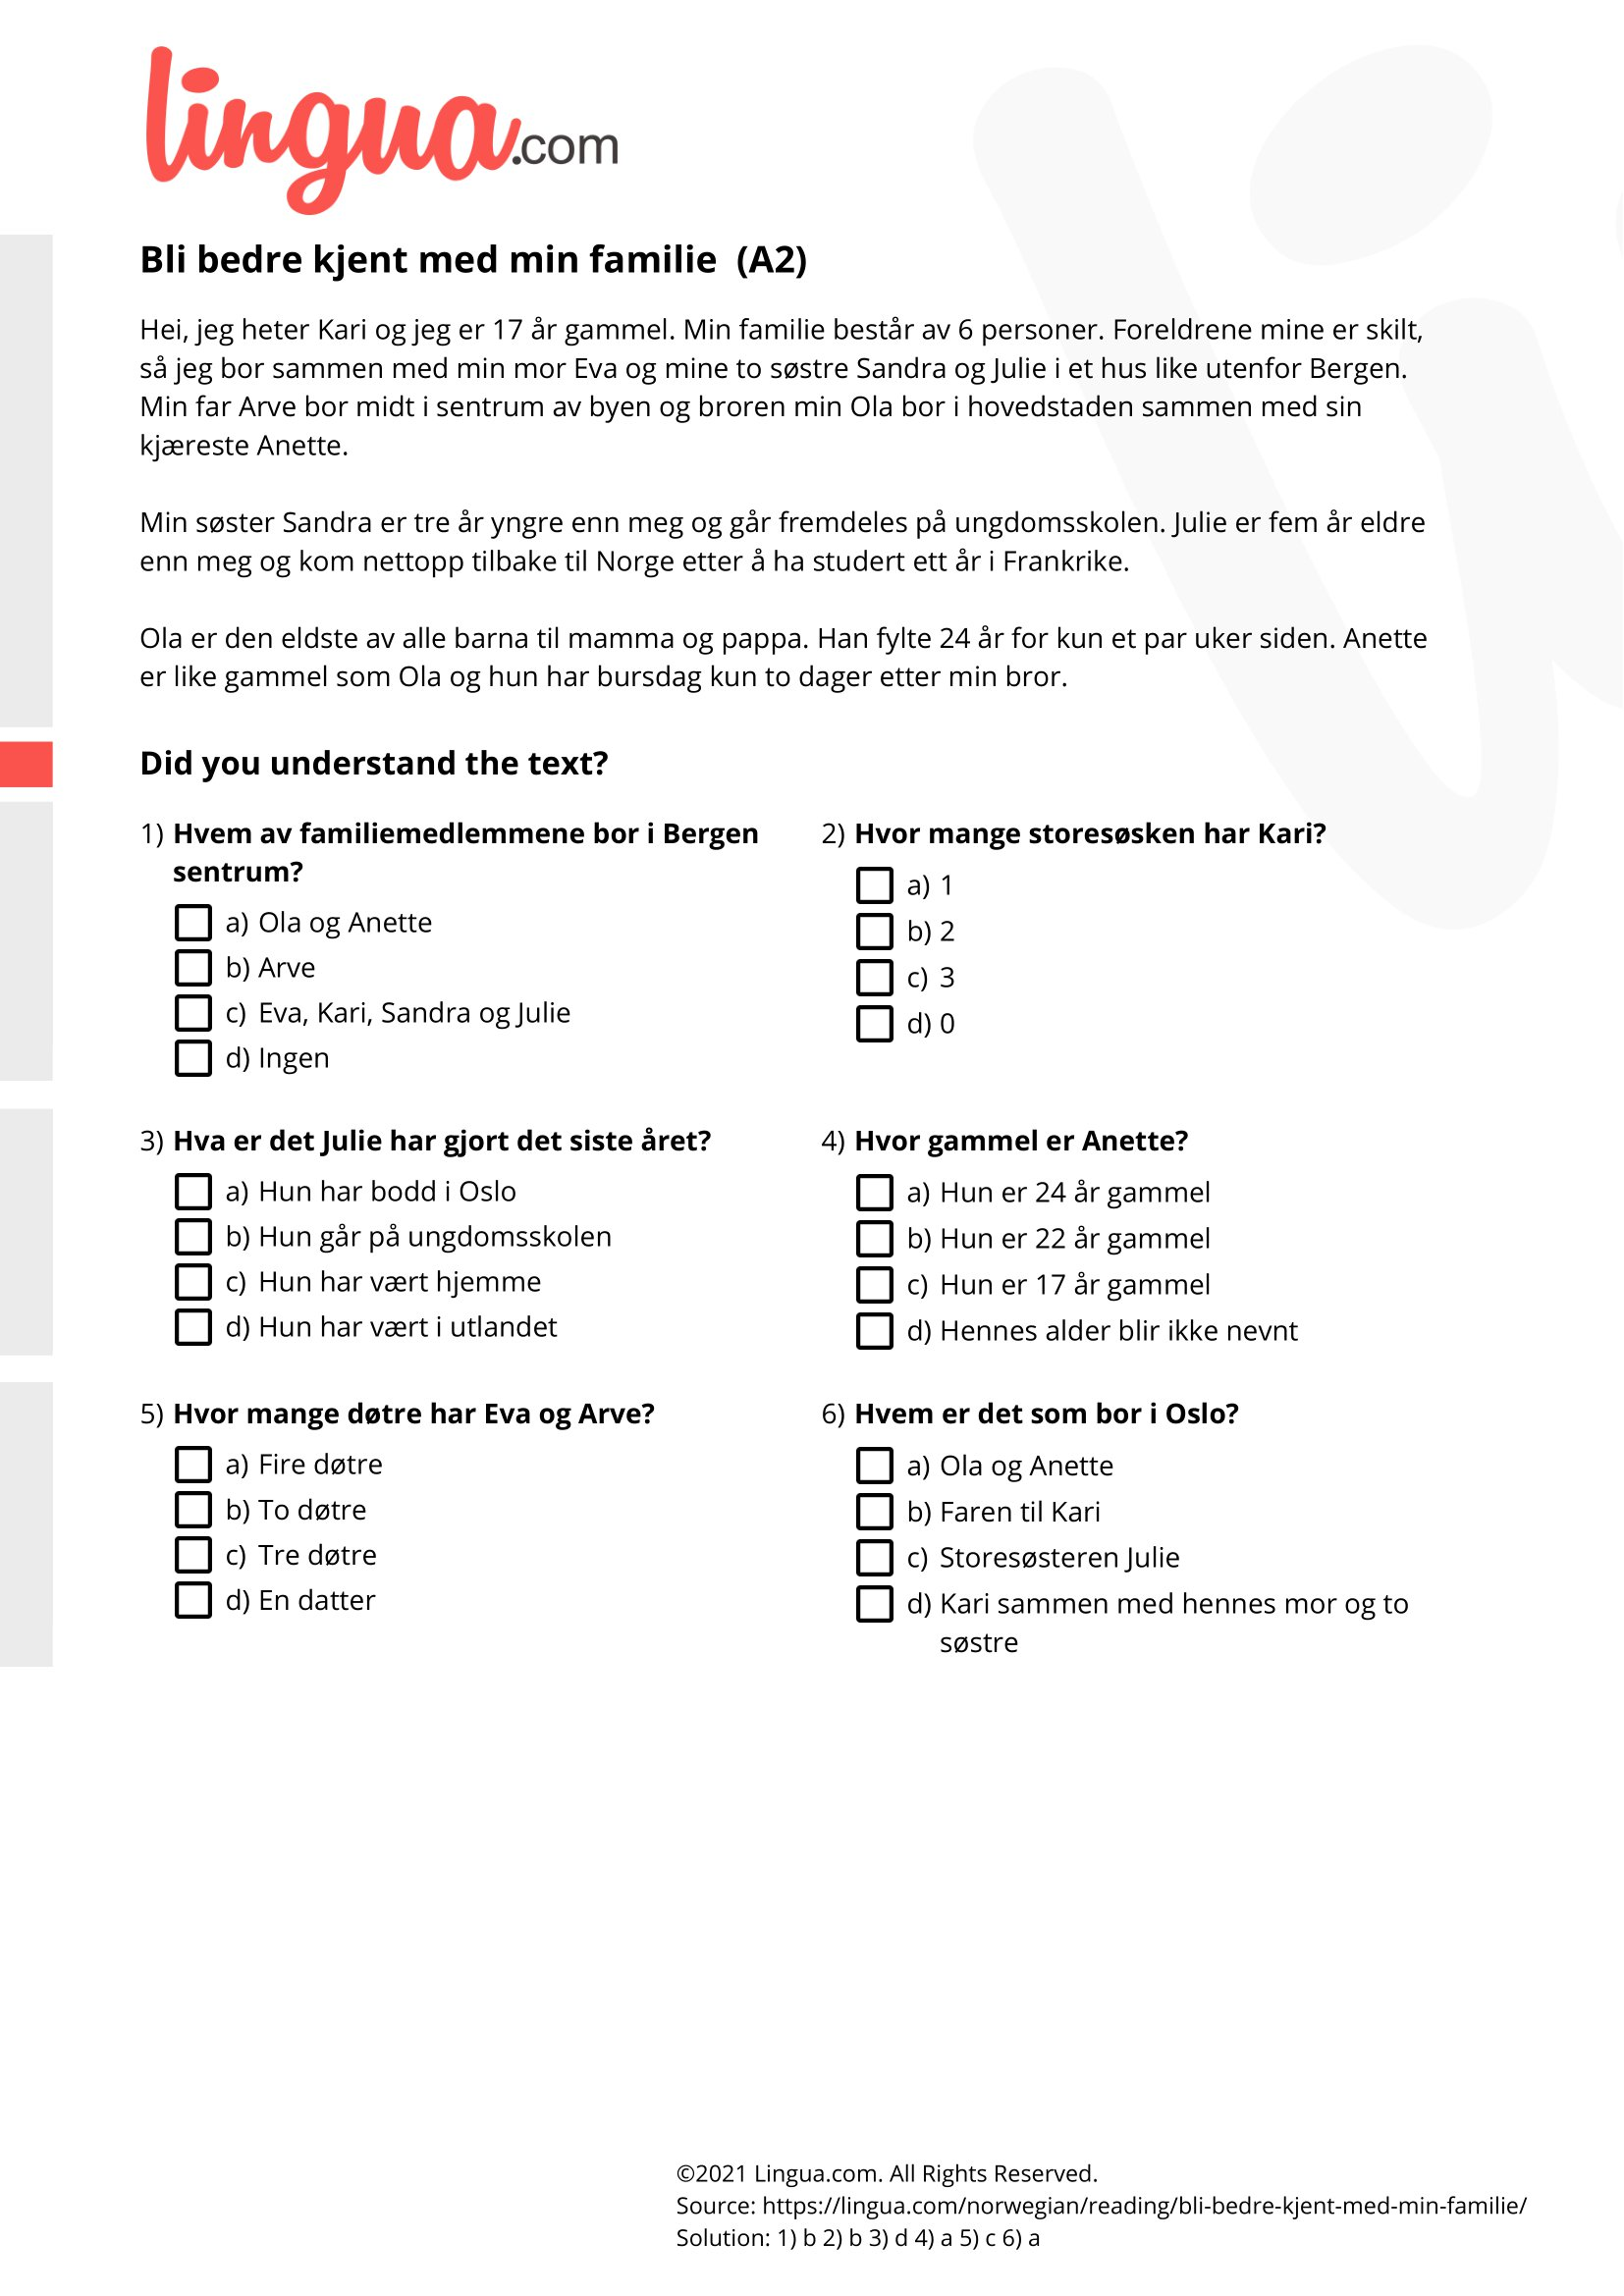
Language: no